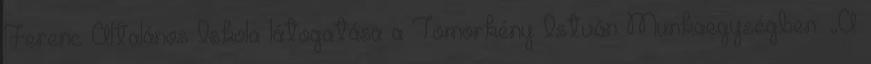
Ferenc Általános Iskola látogatása a Tömörkény István Munkaegységben. „A